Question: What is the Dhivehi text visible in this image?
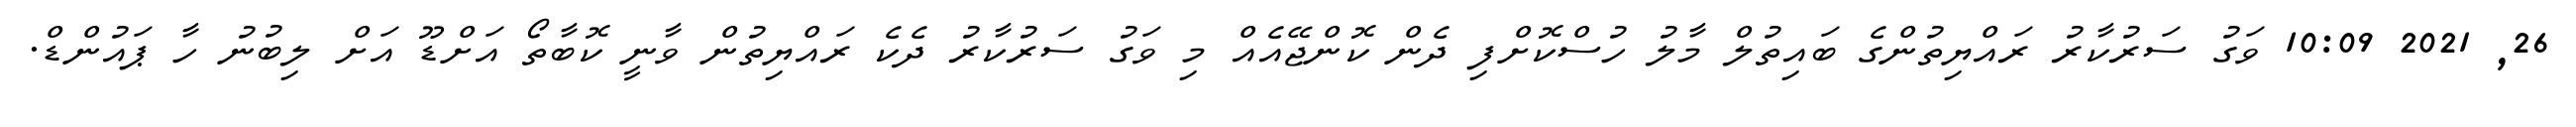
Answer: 26, 2021 10:09 ވަގު ސަރުކާރު ރައްޔިތުންގެ ބައިތުލް މާލު ހުސްކޮށްފި ދެން ކޮންޖޭއެއް މި ވަގު ސަރުކާރު ދެކެ ރައްޔިތުން ވާނީ ކޮބާތޯ އަށްޑޫ އަށް ލިބުނު ހާ ޕައުންޑް.